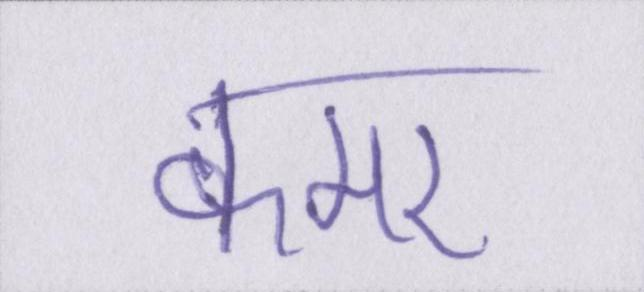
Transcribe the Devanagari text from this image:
कमर